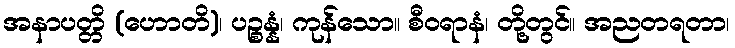
အနာပတ္တိ (ဟောတိ)၊ ပဉ္စန္နံ၊ ကုန်သော။ စီဝရာနံ၊ တို့တွင်။ အညတရတာ၊